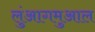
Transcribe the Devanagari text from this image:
लुंआगमुआल